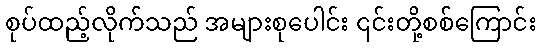
စုပ်ထည့်လိုက်သည် အများစုပေါင်း ၎င်းတို့စစ်ကြောင်း